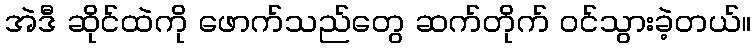
အဲဒီ ဆိုင်ထဲကို ဖောက်သည်တွေ ဆက်တိုက် ဝင်သွားခဲ့တယ်။